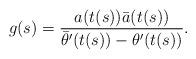
LaTeX: \begin{align*} g(s)=\frac{a(t(s))\bar{a}(t(s))}{\bar{\theta}'(t(s))-\theta'(t(s))}.\end{align*}